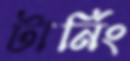
টার্নিং